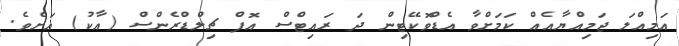
އަމިއްލަ ޖަމިއްޔާއެއް ކަމަށްވާ އެޑްވޮކޭޓިން ދަ ރައިޓްސް އޮފް ޗިލްޑްރެންސް (އާކު) އަށެވެ.